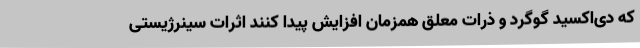
که دی‌اکسید گوگرد و ذرات معلق همزمان افزایش پیدا کنند اثرات سینرژیستی